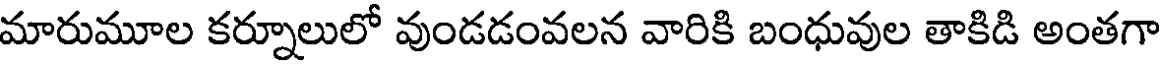
మారుమూల కర్నూలులో వుండడంవలన వారికి బంధువుల తాకిడి అంతగా